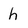
Character: h